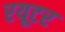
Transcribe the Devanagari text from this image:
रयूटर